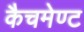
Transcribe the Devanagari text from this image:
कैचमेण्ट